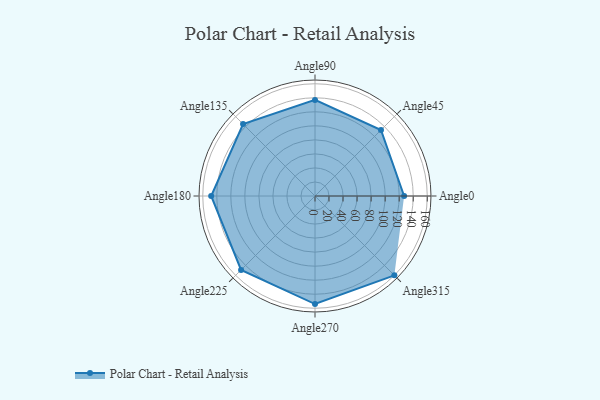
{"axis": {"x": "Angle", "y": "Radius"}, "legend": [""], "data": [{"x": "Angle0", "y": 127.0, "type": ""}, {"x": "Angle45", "y": 133.0, "type": ""}, {"x": "Angle90", "y": 137.0, "type": ""}, {"x": "Angle135", "y": 145.0, "type": ""}, {"x": "Angle180", "y": 148.0, "type": ""}, {"x": "Angle225", "y": 149.0, "type": ""}, {"x": "Angle270", "y": 154.0, "type": ""}, {"x": "Angle315", "y": 160.0, "type": ""}]}